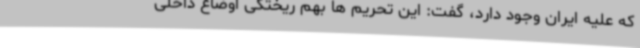
که علیه ایران وجود دارد، گفت: این تحریم ها بهم ریختگی اوضاع داخلی